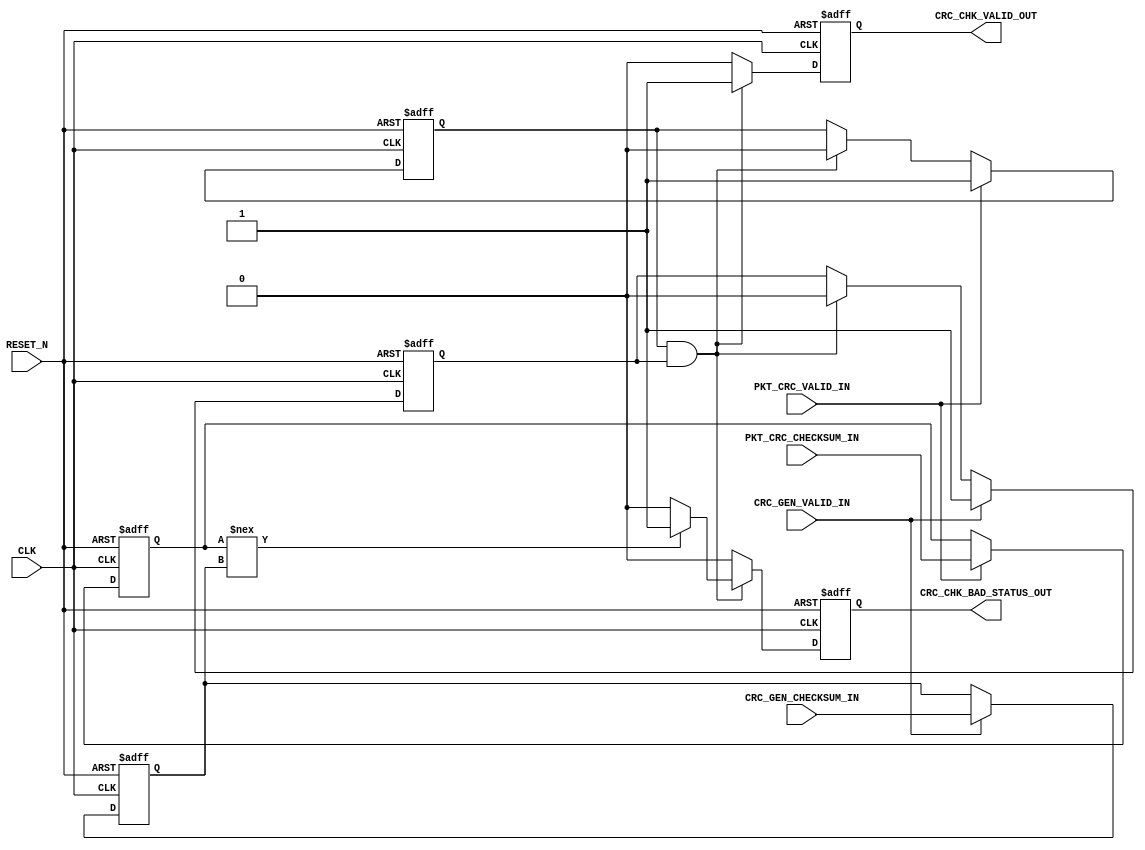
module crc_comparator (
	CLK,
	RESET_N,
	
	PKT_CRC_VALID_IN,
	PKT_CRC_CHECKSUM_IN,
	
	CRC_GEN_VALID_IN,
	CRC_GEN_CHECKSUM_IN,
	
	CRC_CHK_VALID_OUT,
	CRC_CHK_BAD_STATUS_OUT
);

parameter	CRC_WIDTH = 32;			//CRC32

input						CLK;
input						RESET_N;
	
input						PKT_CRC_VALID_IN;
input	[CRC_WIDTH-1:0]		PKT_CRC_CHECKSUM_IN;
	
input						CRC_GEN_VALID_IN;
input	[CRC_WIDTH-1:0]		CRC_GEN_CHECKSUM_IN;
	
output						CRC_CHK_VALID_OUT;
output						CRC_CHK_BAD_STATUS_OUT;

reg		pkt_crc_ready;
reg		crc_gen_ready;
reg		[CRC_WIDTH-1:0]		pkt_crc_checksum;
reg		[CRC_WIDTH-1:0]		crc_gen_checksum;
reg							CRC_CHK_VALID_OUT;
reg							CRC_CHK_BAD_STATUS_OUT;

always @(posedge CLK or negedge RESET_N)
	if (!RESET_N)
		pkt_crc_ready <= 1'b0;
	else if (PKT_CRC_VALID_IN)
		pkt_crc_ready <= 1'b1;
	else if (pkt_crc_ready && crc_gen_ready)
		pkt_crc_ready <= 1'b0;
		
always @(posedge CLK or negedge RESET_N)
	if (!RESET_N)
		crc_gen_ready <= 1'b0;
	else if (CRC_GEN_VALID_IN)
		crc_gen_ready <= 1'b1;
	else if (pkt_crc_ready && crc_gen_ready)
		crc_gen_ready <= 1'b0;		
	
always @(posedge CLK or negedge RESET_N)
	if (!RESET_N)
		pkt_crc_checksum <= {CRC_WIDTH{1'b0}};
	else if (PKT_CRC_VALID_IN)
		pkt_crc_checksum <= PKT_CRC_CHECKSUM_IN;
		
always @(posedge CLK or negedge RESET_N)
	if (!RESET_N)
		crc_gen_checksum <= {CRC_WIDTH{1'b0}};
	else if (CRC_GEN_VALID_IN)
		crc_gen_checksum <= CRC_GEN_CHECKSUM_IN;		 				

always @(posedge CLK or negedge RESET_N)
	if (!RESET_N)
		CRC_CHK_VALID_OUT <= 1'b0;
	else if (pkt_crc_ready && crc_gen_ready)
		CRC_CHK_VALID_OUT <= 1'b1;
	else
		CRC_CHK_VALID_OUT <= 1'b0;	
	   		
always @(posedge CLK or negedge RESET_N)
	if (!RESET_N) begin
		CRC_CHK_BAD_STATUS_OUT <= 1'b0;
	end
	else if (pkt_crc_ready && crc_gen_ready) begin
		if (pkt_crc_checksum !== crc_gen_checksum)
			CRC_CHK_BAD_STATUS_OUT <= 1'b1;
		else
			CRC_CHK_BAD_STATUS_OUT <= 1'b0;   
	end
	else begin
		CRC_CHK_BAD_STATUS_OUT <= 1'b0;
	end

endmodule